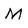
Character: M